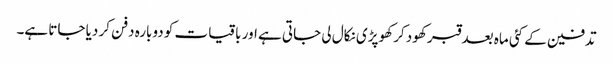
تدفین کے کئی ماہ بعد قبر کھود کر کھوپڑی نکال لی جاتی ہے اور باقیات کو دوبارہ دفن کر دیا جاتا ہے۔